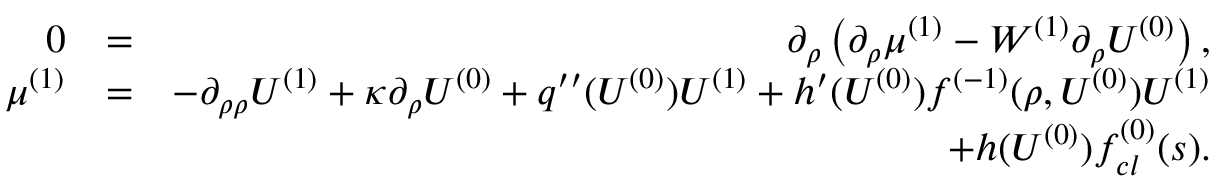
\begin{array} { r l r } { 0 } & { = } & { \partial _ { \rho } \left( \partial _ { \rho } \mu ^ { ( 1 ) } - W ^ { ( 1 ) } \partial _ { \rho } U ^ { ( 0 ) } \right) , } \\ { \mu ^ { ( 1 ) } } & { = } & { - \partial _ { \rho \rho } U ^ { ( 1 ) } + \kappa \partial _ { \rho } U ^ { ( 0 ) } + q ^ { \prime \prime } ( U ^ { ( 0 ) } ) U ^ { ( 1 ) } + h ^ { \prime } ( U ^ { ( 0 ) } ) f ^ { ( - 1 ) } ( \rho , U ^ { ( 0 ) } ) U ^ { ( 1 ) } } \\ & { } & { + h ( U ^ { ( 0 ) } ) f _ { c l } ^ { ( 0 ) } ( s ) . } \end{array}